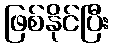
ဖြစ်နိုင်ပြီး